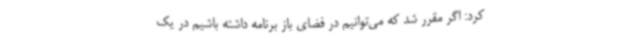
کرد: اگر مقرر شد که می‌توانیم در فضای باز برنامه داشته باشیم در یک